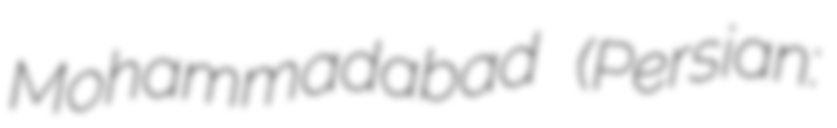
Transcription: Mohammadabad (Persian: